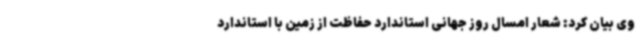
وی بیان کرد: شعار امسال روز جهانی استاندارد حفاظت از زمین با استاندارد